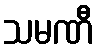
သမဏီ